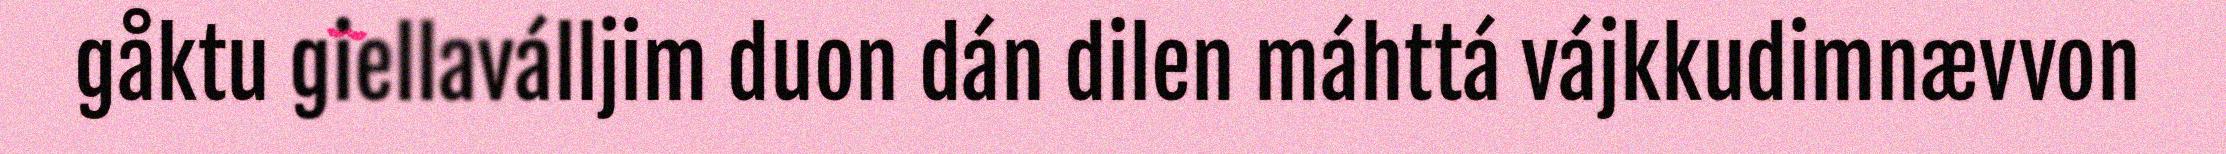
gåktu giellaválljim duon dán dilen máhttá vájkkudimnævvon